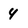
Character: 4